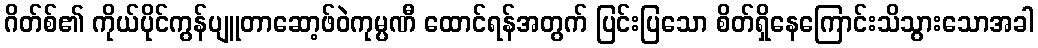
ဂိတ်စ်၏ ကိုယ်ပိုင်ကွန်ပျူတာဆော့ဖ်ဝဲကုမ္ပဏီ ထောင်ရန်အတွက် ပြင်းပြသော စိတ်ရှိနေကြောင်းသိသွားသောအခါ